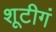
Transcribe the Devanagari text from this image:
शूटीगं